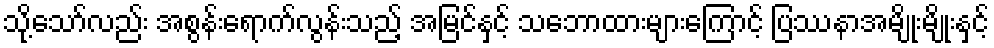
သို့သော်လည်း အစွန်းရောက်လွန်းသည့် အမြင်နှင့် သဘောထားများကြောင့် ပြဿနာအမျိုးမျိုးနှင့်